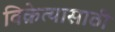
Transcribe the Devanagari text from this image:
विक्रेत्यासाठी